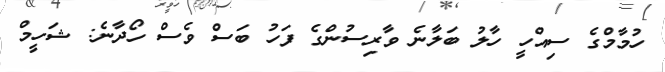
ހުމާމްގެ ސިއްހީ ހާލު ބަލާނެ ވާރިސުންގެ ފަހު ބަސް ވެސް ހޯދާނެ: ޝަހީމް